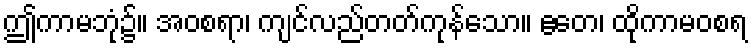
ဤကာမဘုံ၌။ အဝစရာ၊ ကျင်လည်တတ်ကုန်သော။ ဧတေ၊ ထိုကာမဝစရ